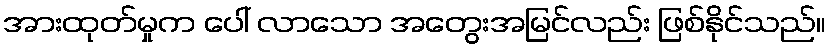
အားထုတ်မှုက ပေါ် လာသော အတွေးအမြင်လည်း ဖြစ်နိုင်သည်။